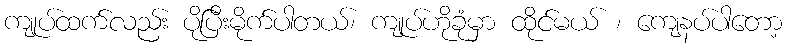
ကျုပ်ထက်လည်း ပိုပြီးမိုက်ပါတယ်၊ ကျုပ်ဟိုခုံမှာ ထိုင်မယ် ၊ ကျေနပ်ပါတော့